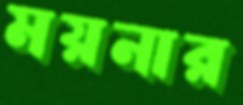
ময়নার